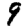
Digit: 9